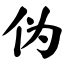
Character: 伪